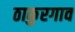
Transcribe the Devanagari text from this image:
ठाकुरगाव